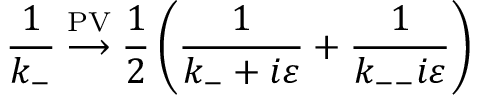
\frac { 1 } { k _ { - } } \stackrel { \mathrm { P V } } { \longrightarrow } \frac { 1 } { 2 } \left( \frac { 1 } { k _ { - } + i \varepsilon } + \frac { 1 } { k _ { -- } i \varepsilon } \right)